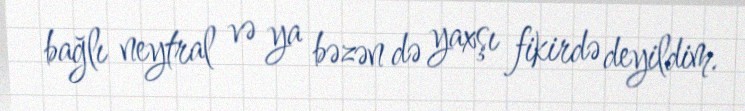
bağlı neytral və ya bəzən də yaxşı fikirdə deyildim.